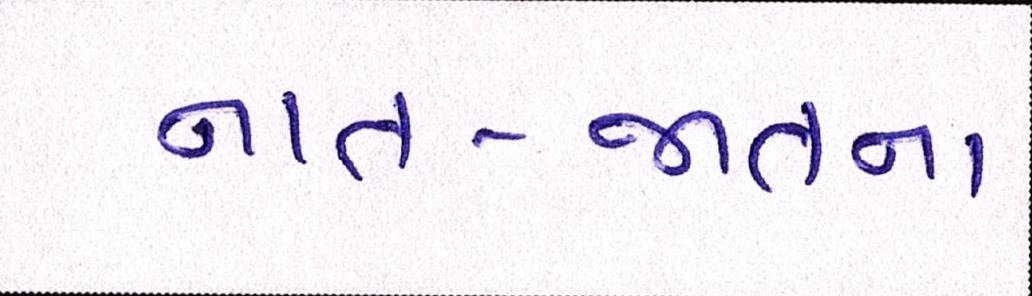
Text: નાત-જાતના